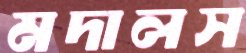
মদালস